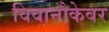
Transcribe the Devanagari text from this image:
विवानौकेवर